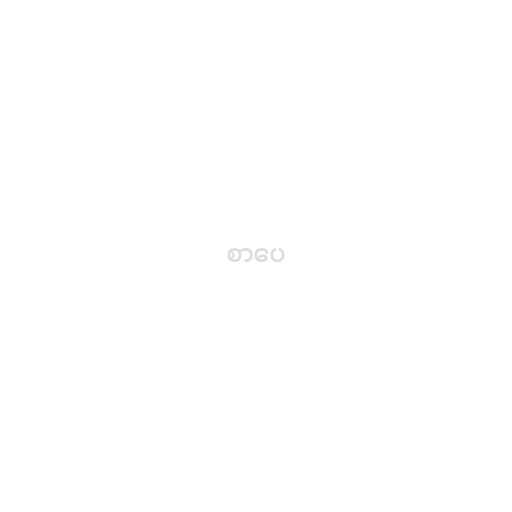
စာပေ